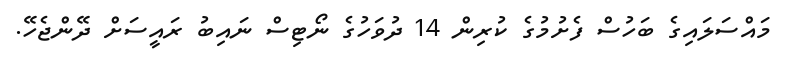
މައްސަލައިގެ ބަހުސް ފެށުމުގެ ކުރިން 14 ދުވަހުގެ ނޯޓިސް ނައިބު ރައީސަށް ދޭންޖެހޭ.